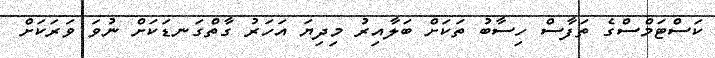
ކަސްޓަމްސްގެ ތަފާސް ހިސާބު ތަކަށް ބަލާއިރު މިދިޔަ އަހަރު ގާތްގަނޑަކަށް ނުވަ ވަރަކަށް